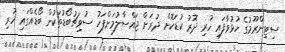
ސިޓިންރޫމުގެ ހުޅުވާފައި ހުރި ދޮރު ކުޑަކޮށް ދުރަށް ޖައްސާލުމަށްފަހު ސުވިޗުބޯޑުތަކުން ބޯޑެއްގައި ހުރި